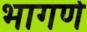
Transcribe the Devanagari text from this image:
भागणे